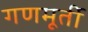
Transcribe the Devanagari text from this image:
गणमूर्ती